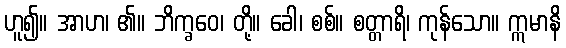
ဟူ၍။ အာဟ၊ ၏။ ဘိက္ခဝေ၊ တို့။ ခေါ၊ စစ်။ စတ္တာရိ၊ ကုန်သော။ ဣမာနိ